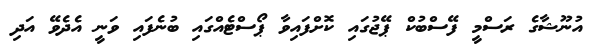
އުނޫޝާގެ ރަސްމީ ފޭސްބުކް ޕޭޖުގައި ކޮށްފައިވާ ޕޯސްޓެއްގައި ބުނެފައި ވަނީ އެދެވޭ އަދި